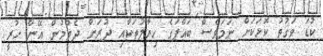
ކުޑަ ވަގުތު ކޮޅަކަށް ނަމަވެސް ބައްޕަގެ ހިޔާލުތަކާއި ދުރަށް ދެވުމުން އޭނާ ހުރީ